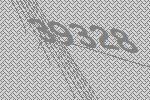
39328